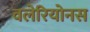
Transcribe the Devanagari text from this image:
वलेरियोनस